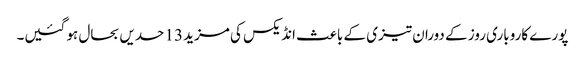
پورے کاروباری روز کے دوران تیزی کے باعث انڈیکس کی مزید 13 حدیں بحال ہو گئیں۔